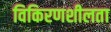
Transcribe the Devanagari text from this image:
विकिरणशीलता